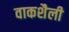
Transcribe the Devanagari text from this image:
वाकशैली